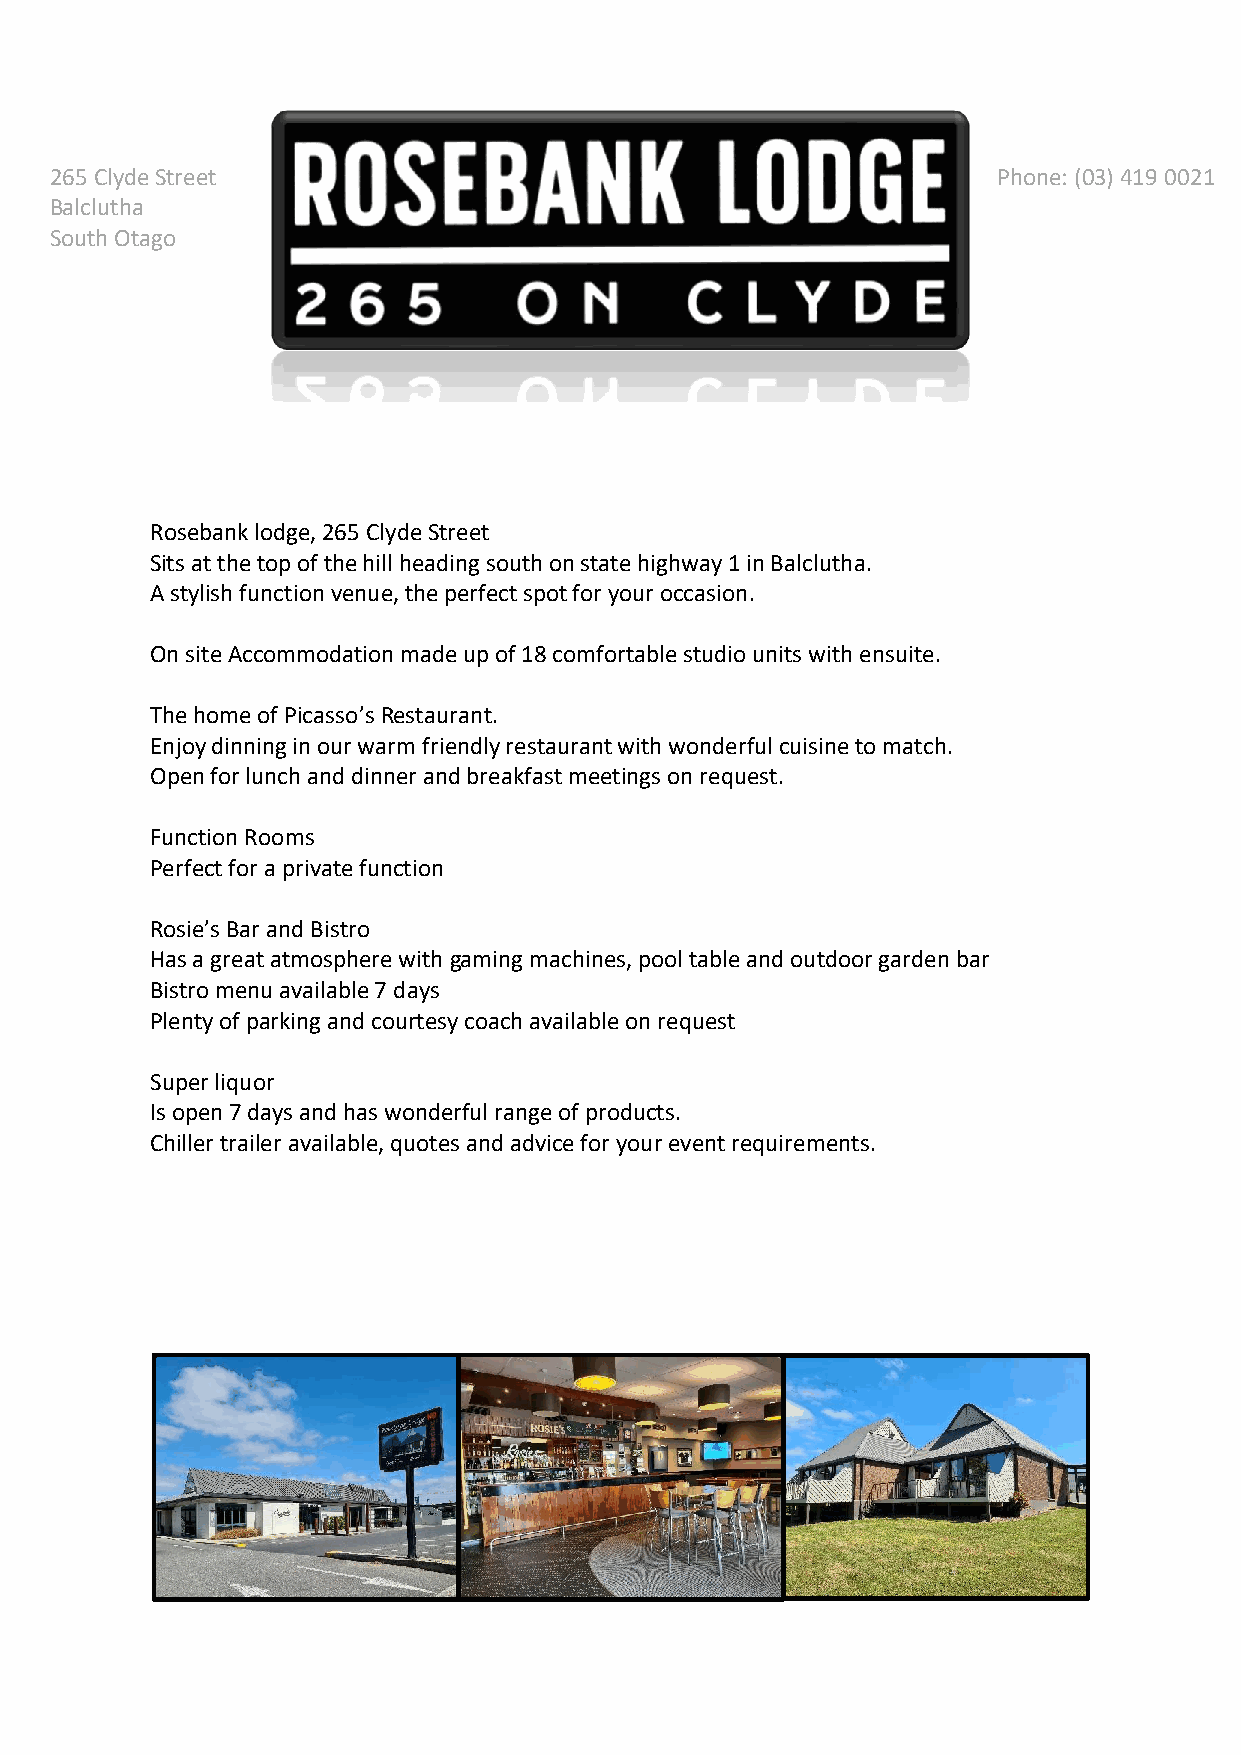
265 Clyde Street                                               Phone: (03) 419 0021
 Balclutha
 South Otago
 Rosebank lodge, 265 Clyde Street
 Sits at the top of the hill heading south on state highway 1 in Balclutha.
 A stylish function venue, the perfect spot for your occasion.
 On site Accommodation made up of 18 comfortable studio units with ensuite.
 The home of Picasso’s Restaurant.
 Enjoy dinning in our warm friendly restaurant with wonderful cuisine to match.
 Open for lunch and dinner and breakfast meetings on request.
 Function Rooms
 Perfect for a private function
 Rosie’s Bar and Bistro
 Has a great atmosphere with gaming machines, pool table and outdoor garden bar
 Bistro menu available 7 days
 Plenty of parking and courtesy coach available on request
 Super liquor
 Is open 7 days and has wonderful range of products.
 Chiller trailer available, quotes and advice for your event requirements.